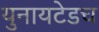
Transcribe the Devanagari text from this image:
युनायटेडच